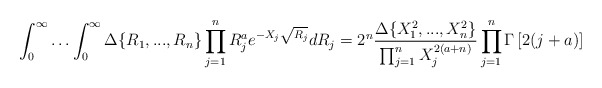
\begin{align*}\int_0^{\infty}\ldots \int_0^{\infty}\Delta\{R_1,...,R_n\}\prod_{j=1}^n R_j^{a}e^{-X_j\sqrt{R_j}}dR_j=2^n\frac{\Delta\{X^2_1,...,X^2_n\}}{\prod_{j=1}^n X_j^{2(a+n)}}\prod_{j=1}^n\Gamma\left[2(j+a)\right]\end{align*}